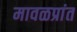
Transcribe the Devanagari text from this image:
मावळप्रांत